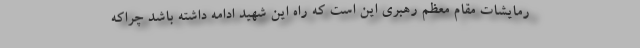
رمایشات مقام معظم رهبری این است که راه این شهید ادامه داشته باشد چراکه